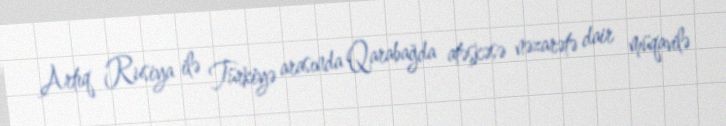
Artıq Rusiya ilə Türkiyə arasında Qarabağda atəşkəsə nəzarətə dair müqavilə